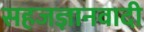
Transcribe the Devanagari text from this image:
सहजज्ञानवादी